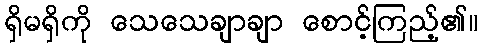
ရှိမရှိကို သေသေချာချာ စောင့်ကြည့်၏။